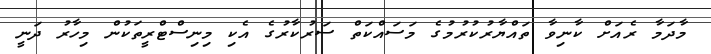
މާދަމާ ރެއަށް ކާނިވާ ތައްޔާރުކުރުމުގެ މަސައްކަތް ސަރުކާރުގެ އެކި މިނިސްޓްރީތަކުން މިހާރު ދަނީ